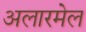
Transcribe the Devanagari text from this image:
अलारमेल